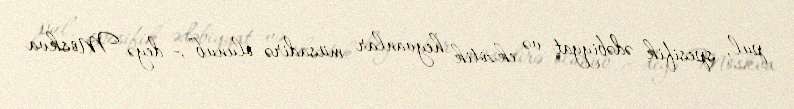
pul, spesifik ədəbiyyat və ekzotik heyvanlar müsadirə olunub”,- deyə Moskva